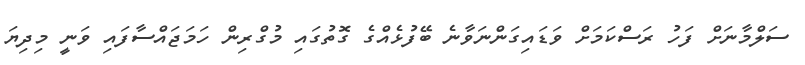
ސަލްމާނަށް ފަހު ރަސްކަމަށް ވަޑައިގަންނަވާނެ ބޭފުޅެއްގެ ގޮތުގައި މުގްރިން ހަމަޖައްސާފައި ވަނީ މިދިޔަ